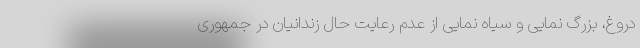
دروغ، بزرگ نمایی و سیاه نمایی از عدم رعایت حال زندانیان در جمهوری